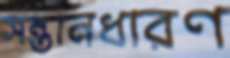
সন্তানধারণ